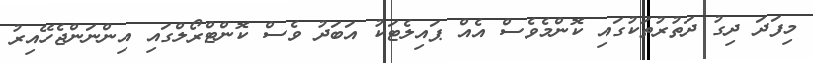
މިފަދަ ދިގު ދަތުރުތަކުގައި ކޮންމެވެސް އެއް ޕައިލެޓަކު އަބަދު ވެސް ކޮންޓްރޯލްގައި އިންނަންޖެހޭއިރު